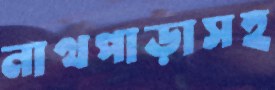
নাথপাড়াসহ